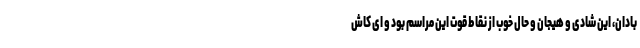
بادان، این شادی و هیجان و حال خوب از نقاط قوت این مراسم بود و ای کاش